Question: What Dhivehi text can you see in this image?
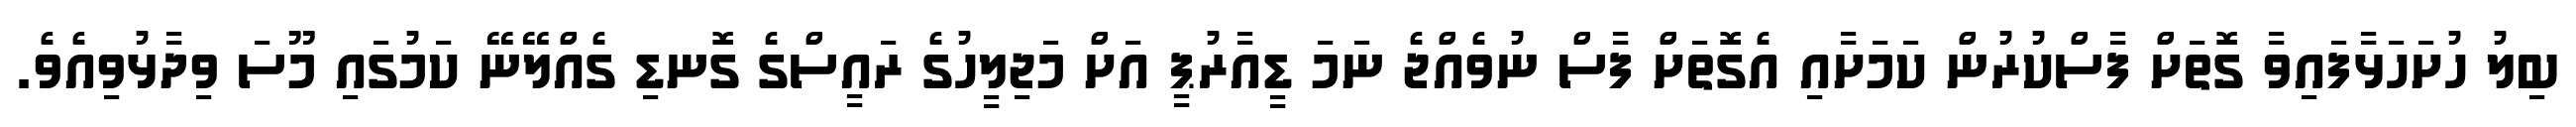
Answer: ބިލު ހުށަހަޅާފައިވާ ގޮތަށް ފާސްކުރުން ކަމަށާއި އެގޮތަށް ފާސް ނުވެއްޖެ ނަމަ ޑީއާރުޕީ އަށް މަޖިލީހުގެ ރައީސްގެ ގޮނޑި ގެއްލޭނޭ ކަމުގައި މޫސަ ވިދާޅުވިއެވެ.